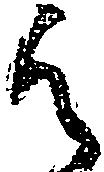
候